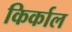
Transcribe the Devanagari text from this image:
किर्काल